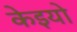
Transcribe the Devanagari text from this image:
केइयो